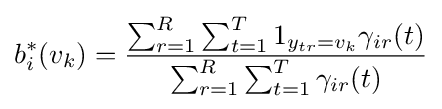
b_{i}^{*}(v_{k})={\frac {\sum _{r=1}^{R}\sum _{t=1}^{T}1_{y_{tr}=v_{k}}\gamma _{ir}(t)}{\sum _{r=1}^{R}\sum _{t=1}^{T}\gamma _{ir}(t)}}